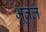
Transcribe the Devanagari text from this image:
भूतले